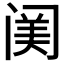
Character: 𨸈